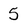
Character: 5